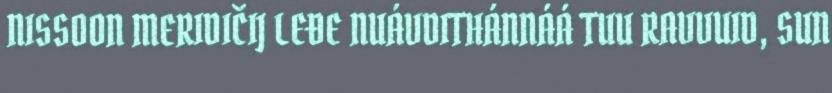
NISSOON MERIDIČIJ LEĐE NUÁVDITHÁNNÁÁ TUU RAVVUID, SUN